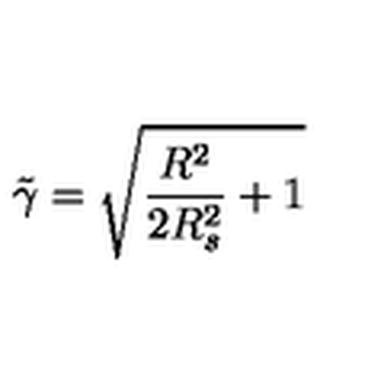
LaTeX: \tilde { \gamma } = \sqrt { \frac { R ^ { 2 } } { 2 R _ { s } ^ { 2 } } + 1 }